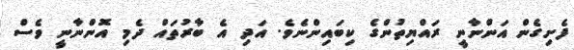
ފެށިގެން އަންނާނީ ރައްޔިތުންގެ ކިބައިންނެވެ. އަދި އެ ބާރުތައް ދެމި އޮންނާނީ ވެސް